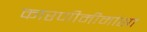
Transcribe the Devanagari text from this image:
कारणीमीमांसा